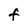
Character: F